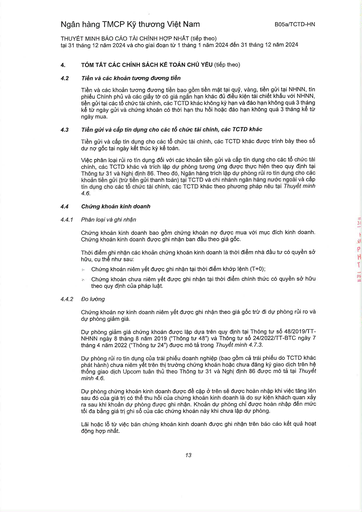
|4.|TÓM TẮT CÁC CHÍNH SÁCH KẾ TOÁN CHỦ YẾU (tiếp theo)| |---|---| |4.2|Tiền và các khoản tương đương tiền Tiền và các khoản tương đương tiền bao gồm tiền mặt tại quỹ, vàng, tiền gửi tại NHNN, tín phiếu Chính phủ và các giấy tờ có giá ngắn hạn khác đủ điều kiện tái chiết khấu với NHNN, tiền gửi tại các tổ chức tài chính, các TCTD khác không kỳ hạn và đáo hạn không quá 3 tháng kể từ ngày gửi và chứng khoán có thời hạn thu hồi hoặc đáo hạn không quá 3 tháng kế tiếp ngày mua.| |4.3|Tiền gửi và cấp tín dụng cho các tổ chức tài chính, các TCTD khác Tiền gửi và cấp tín dụng cho các tổ chức tài chính, các TCTD khác được trình bày theo số dư nợ gốc tại ngày kết thúc kỳ kế toán. Việc phân loại rủi ro tín dụng đối với các khoản tiền gửi và cấp tín dụng cho các tổ chức tài chính, các TCTD khác và trích lập dự phòng tương ứng được thực hiện theo quy định tại Thông tư 31 và Nghị định 86. Theo đó, Ngân hàng trích lập dự phòng rủi ro tín dụng cho các khoản tiền gửi (trừ tiền gửi thanh toán) tại TCTD và chi nhánh ngân hàng nước ngoài và cấp tín dụng cho các tổ chức tài chính, các TCTD khác theo phương pháp nêu tại Thuyết minh 4.6.| |4.4|Chứng khoán kinh doanh| |4.4.1|Phân loại và ghi nhận| ||Chứng khoán kinh doanh bao gồm chứng khoán nợ được mua với mục đích kinh doanh. Chứng khoán kinh doanh được ghi nhận ban đầu theo giá gốc.| ||Thời điểm ghi nhận các khoản chứng khoán kinh doanh là thời điểm nhà đầu tư có quyền sở hữu, cụ thể như sau:| ||Chứng khoán niêm yết được ghi nhận tại thời điểm khớp lệnh (T+0); Chứng khoán chưa niêm yết được ghi nhận tại thời điểm chính thức có quyền sở hữu theo quy định của pháp luật.| |4.4.2|Đo lường| ||Chứng khoán nợ kinh doanh niêm yết được ghi nhận theo giá gốc trừ đi dự phòng rủi ro và dự phòng giảm giá.| ||Dự phòng giảm giá chứng khoán được lập dựa trên quy định tại Thông tư số 48/2019/TT-NHNN ngày 8 tháng 8 năm 2019 ("Thông tư 48") và Thông tư số 24/2022/TT-BTC ngày 7 tháng 4 năm 2022 ("Thông tư 24") được mô tả trong Thuyết minh 4.7.3.| ||Dự phòng rủi ro tín dụng của trái phiếu doanh nghiệp (bao gồm cả trái phiếu do TCTD khác phát hành) chưa niêm yết trên thị trường chứng khoán hoặc chưa đăng ký giao dịch trên hệ thống giao dịch Upcom tuân thủ theo Thông tư 31 và Nghị định 86 được mô tả tại Thuyết minh 4.6.| ||Dự phòng chứng khoán kinh doanh được đề cập ở trên sẽ được hoàn nhập khi việc tăng lên sau đó của giá trị có thể thu hồi của chứng khoán kinh doanh là do sự kiện khách quan xảy ra sau khi khoản dự phòng được ghi nhận. Khoản dự phòng chỉ được hoàn nhập đến mức tối đa bằng giá trị ghi sổ của các chứng khoán này khi chưa lập dự phòng.| ||Lãi hoặc lỗ từ việc bán chứng khoán kinh doanh được ghi nhận trên báo cáo kết quả hoạt động hợp nhất.|